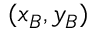
( x _ { B } , y _ { B } )